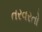
તરવરતો